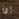
إذا